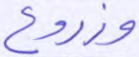
وزروع